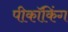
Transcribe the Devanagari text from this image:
पीकॉकिंग